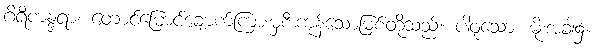
ဂိရိကန္ဒရာ၊ တောင်မြောင်ချောက်ကြားမှစီးကုန်သောမြစ်တို့သည်။ ပါဝုသော၊ မိုးအခါ၌။